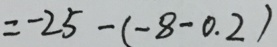
= - 2 5 - ( - 8 - 0 . 2 )